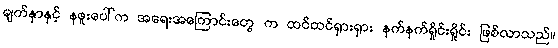
မျက်နှာနှင့် နဖူးပေါ်က အရေးအကြောင်းတွေ က ထင်ထင်ရှားရှား နက်နက်ရှိုင်းရှိုင်း ဖြစ်လာသည်။